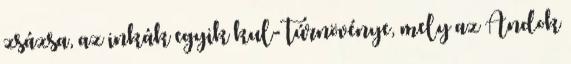
zsázsa, az inkák egyik kul- túrnövénye, mely az Andok